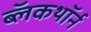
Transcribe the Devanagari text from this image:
ब्लॅकथॉर्न